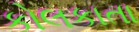
કોલકાતા